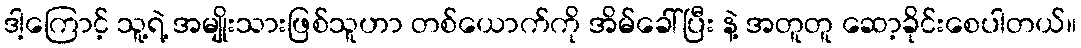
ဒါ့ကြောင့် သူ့ရဲ့ အမျိုးသားဖြစ်သူဟာ တစ်ယောက်ကို အိမ်ခေါ်ပြီး နဲ့ အတူတူ ဆော့ခိုင်းစေပါတယ်။